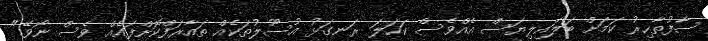
ސާފުތާހިރު ކަމަށް ބަލައިލިޔަސް އެއްވެސް ކަހަލަ ރަނގަޅު އުސޫލުތަކެއް ތައާރަފްކޮށްފައެއް ވެސް ނޯވޭ."